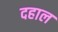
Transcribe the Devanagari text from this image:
दहाल